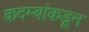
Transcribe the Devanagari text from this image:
कदम्बांकडून